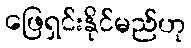
ဖြေရှင်းနိုင်မည်ဟု